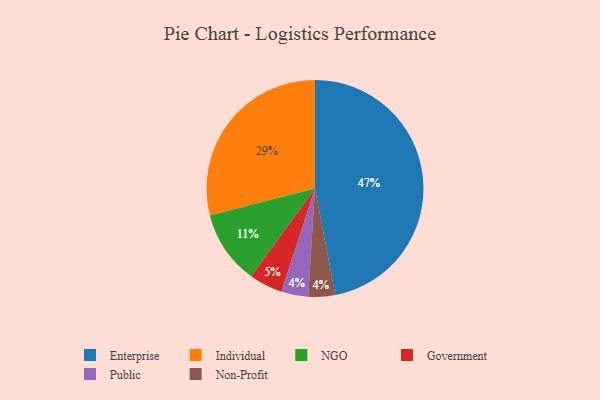
{"axis": {"x": "Category", "y": "Percentage"}, "legend": ["Enterprise", "Government", "Individual", "NGO", "Non-Profit", "Public"], "data": [{"x": "Public", "y": 4, "type": "Public"}, {"x": "Non-Profit", "y": 4, "type": "Non-Profit"}, {"x": "NGO", "y": 11, "type": "NGO"}, {"x": "Individual", "y": 29, "type": "Individual"}, {"x": "Enterprise", "y": 47, "type": "Enterprise"}, {"x": "Government", "y": 5, "type": "Government"}]}